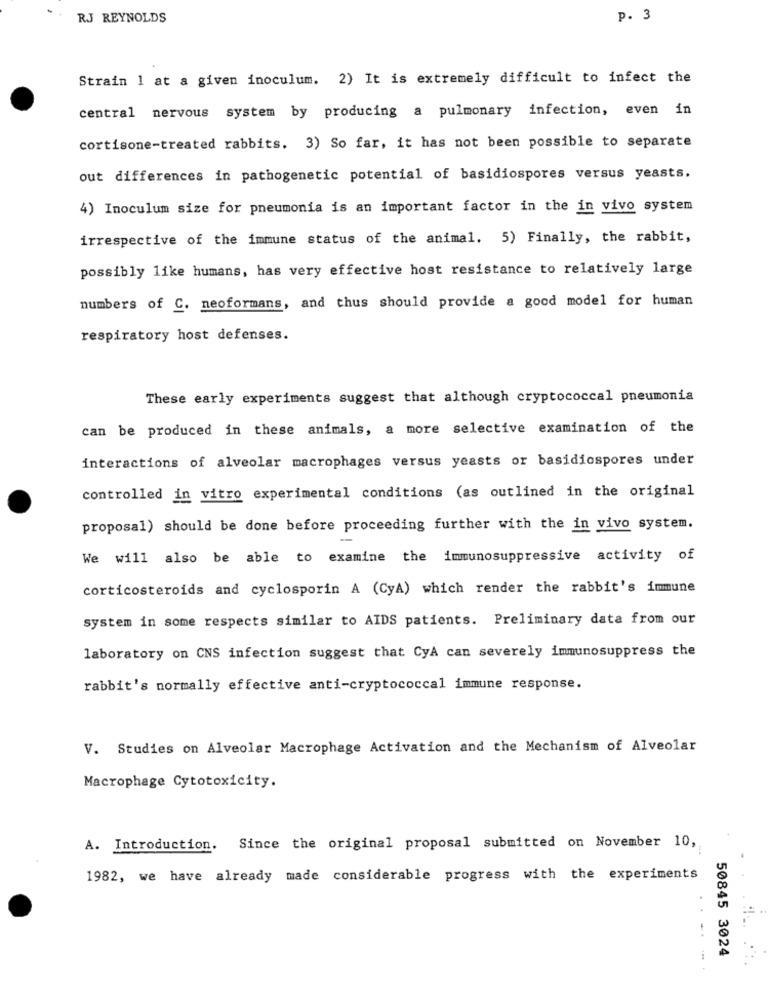
RJ REYNOLDS
p. 3
Strain 1 at a given inoculum. 2) It is extremely difficult to infect the
central nervous system by producing a pulmonary infection, even in
cortisone-treated rabbits. 3) So far, it has not been possible to separate
out differences in pathogenetic potential of basidiospores versus yeasts.
4) Inoculum size for pneumonia is an important factor in the in vivo system
irrespective of the immune status of the animal. 5) Finally, the rabbit,
possibly like humans, has very effective host resistance to relatively large
numbers of C. neoformans, and thus should provide a good model for human
respiratory host defenses.
These early experiments suggest that although cryptococcal pneumonia
can be produced in these animals, a more selective examination of the
interactions of alveolar macrophages versus yeasts or basidiospores under
controlled in vitro experimental conditions (as outlined in the original
proposal) should be done before proceeding further with the in vivo system.
We will also be able to examine the immunosuppressive activity of
corticosteroids and cyclosporin A (CyA) which render the rabbit's immune
system in some respects similar to AIDS patients. Preliminary data from our
laboratory on CNS infection suggest that CyA can severely immunosuppress the
rabbit's normally effective anti-cryptococcal immune response.
V. Studies on Alveolar Macrophage Activation and the Mechanism of Alveolar
Macrophage Cytotoxicity.
A. Introduction.
Since the original proposal submitted on November 10,
1982, we have already made considerable progress with the experiments
50845 3024